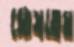
ঘোষতেম